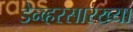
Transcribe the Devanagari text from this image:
डेन्व्हरसारख्या